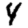
Digit: 4